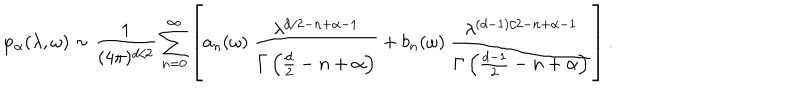
LaTeX: \varphi _ { \alpha } ( \lambda , \omega ) \sim { \frac { 1 } { ( 4 \pi ) ^ { d / 2 } } } \sum _ { n = 0 } ^ { \infty } \left[ a _ { n } ( \omega ) ~ { \frac { \lambda ^ { d / 2 - n + \alpha - 1 } } { \Gamma \left( \frac d 2 - n + \alpha \right) } } + b _ { n } ( \omega ) ~ { \frac { \lambda ^ { ( d - 1 ) / 2 - n + \alpha - 1 } } { \Gamma \left( { \frac { d - 1 } { 2 } } - n + \alpha \right) } } \right] .